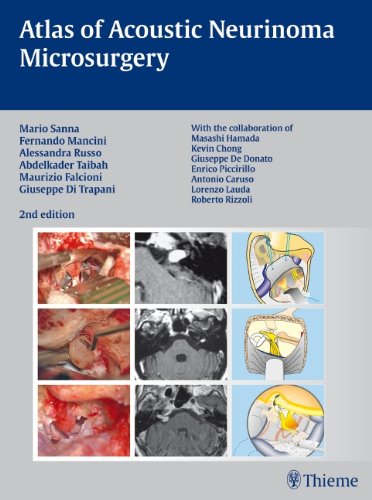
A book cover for Atlas of Acoustic Neurinoma Microsurgery; Mario Sanna; Medical Books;